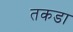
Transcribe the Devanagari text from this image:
तकडा